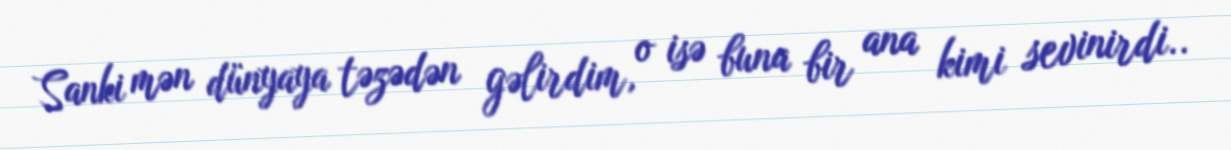
Sanki mən dünyaya təzədən gəlirdim, o isə buna bir ana kimi sevinirdi..